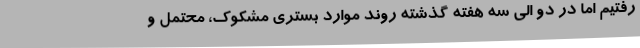
رفتیم اما در دو الی سه هفته گذشته روند موارد بستری مشکوک، محتمل و